Civil Veterinary Dept. Bombay admin report 1914-1922 - 1914-1922
Year: 1914
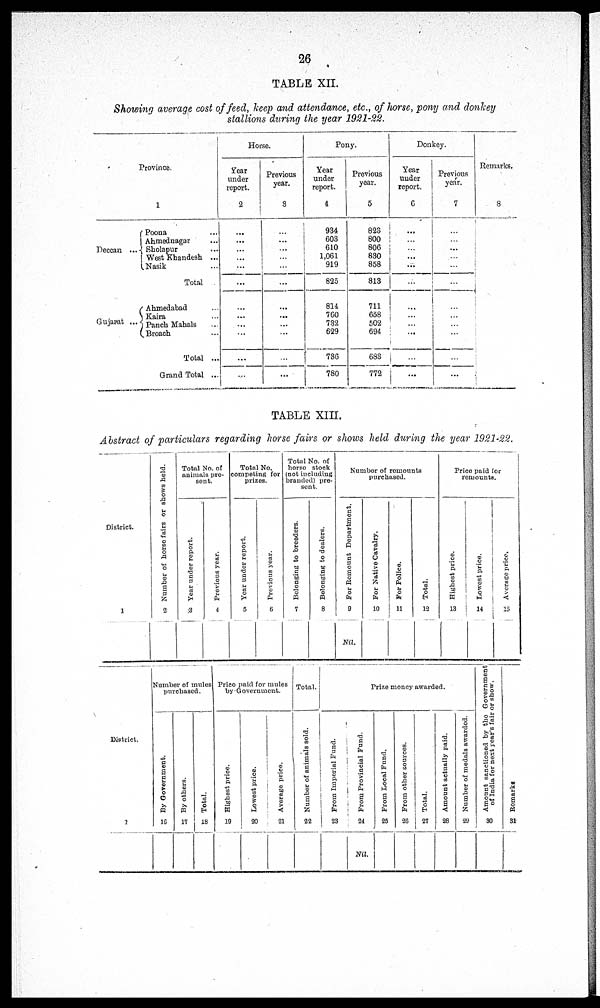
26
TABLE XII.
Showing average cost of feed, keep and attendance, etc., of horse, pony and donkey
stallions during the year 1921-22.
Province.
1
Deccan ...
Poona ...
Ahmednagar ...
Sholapur ...
West Khandesh ...
Nasik ...
Total...
Gujarat ...
Ahmedabad ...
Kaira ...
Panch Mahals
...
Broach ...
Total ...
Grand Total ...
Horse.
Year
under
report.
2
...
...
...
...
...
...
...
....
...
...
...
...
Previous
year.
3
...
...
...
...
...
...
...
...
...
...
...
...
Pony.
Year
under
report.
4
934
603
610
1,061
919
825
814
760
732
629
736
780
Previous
year.
5
823
800
806
830
858
813
711
658
502
694
683
772
Donkey.
Year
under
report.
6
...
...
...
...
...
...
...
...
...
...
...
Previous
year.
7
...
...
...
...
...
...
...
...
...
...
...
Remarks.
8
TABLE XIII.
Abstract of particulars regarding horse fairs or shows held during the year 1921-22.
District.
1
Number of horse fairs or shows held.
2
Total No. of
animals pre-
sent.
Year under report.
3
Previous year.
4
Total No.
competing for
prizes.
Year under report.
5
Previous year.
6
Total No. of
horse stock
(not including
branded) pre-
sent.
Belonging to breeders.
7
Belonging to dealers.
8
Number of remounts
purchased.
For Remount Department.
9
Nil.
For Native Cavalry.
10
For Police.
11
Total.
12
Price paid for
remounts.
Highest price.
13
Lowest price.
14
Average price.
15
District.
1
Number of mules
purchased.
By Government.
16
By others.
17
Total.
18
Price paid for mules
by Government.
Highest price.
19
Lowest price.
20
Average price.
21
Total.
Number of animals sold.
22
Prize money awarded.
From Imperial Fund.
23
From Provincial Fund.
24
Nil.
From Local Fund.
25
From other sources.
26
Total.
27
Amount actually paid.
28
Number of medals awarded.
29
Amount sanctioned by the Government
of India for nest year's fair or show.
30
Re ma r
k s
31